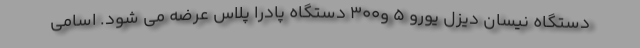
دستگاه نیسان دیزل یورو 5 و۳۰۰ دستگاه پادرا پلاس عرضه می شود. اسامی